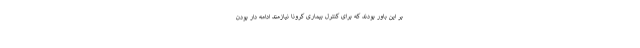
بر این باور بودند که برای کنترل بیماری کرونا نیازمند ادامه دار بودن